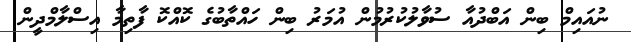
ނުއައިމް ބިން އަބްދުއާ ސުވާލުކުރުމުން އުމަރު ބިން ހައްތާބުގެ ކޮއްކޮ ފާތިމާ އިސްލާމްދީން